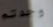
وجدتم